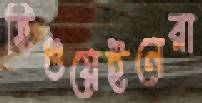
হিগুয়েইনেরা